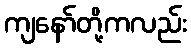
ကျနော်တို့ကလည်း